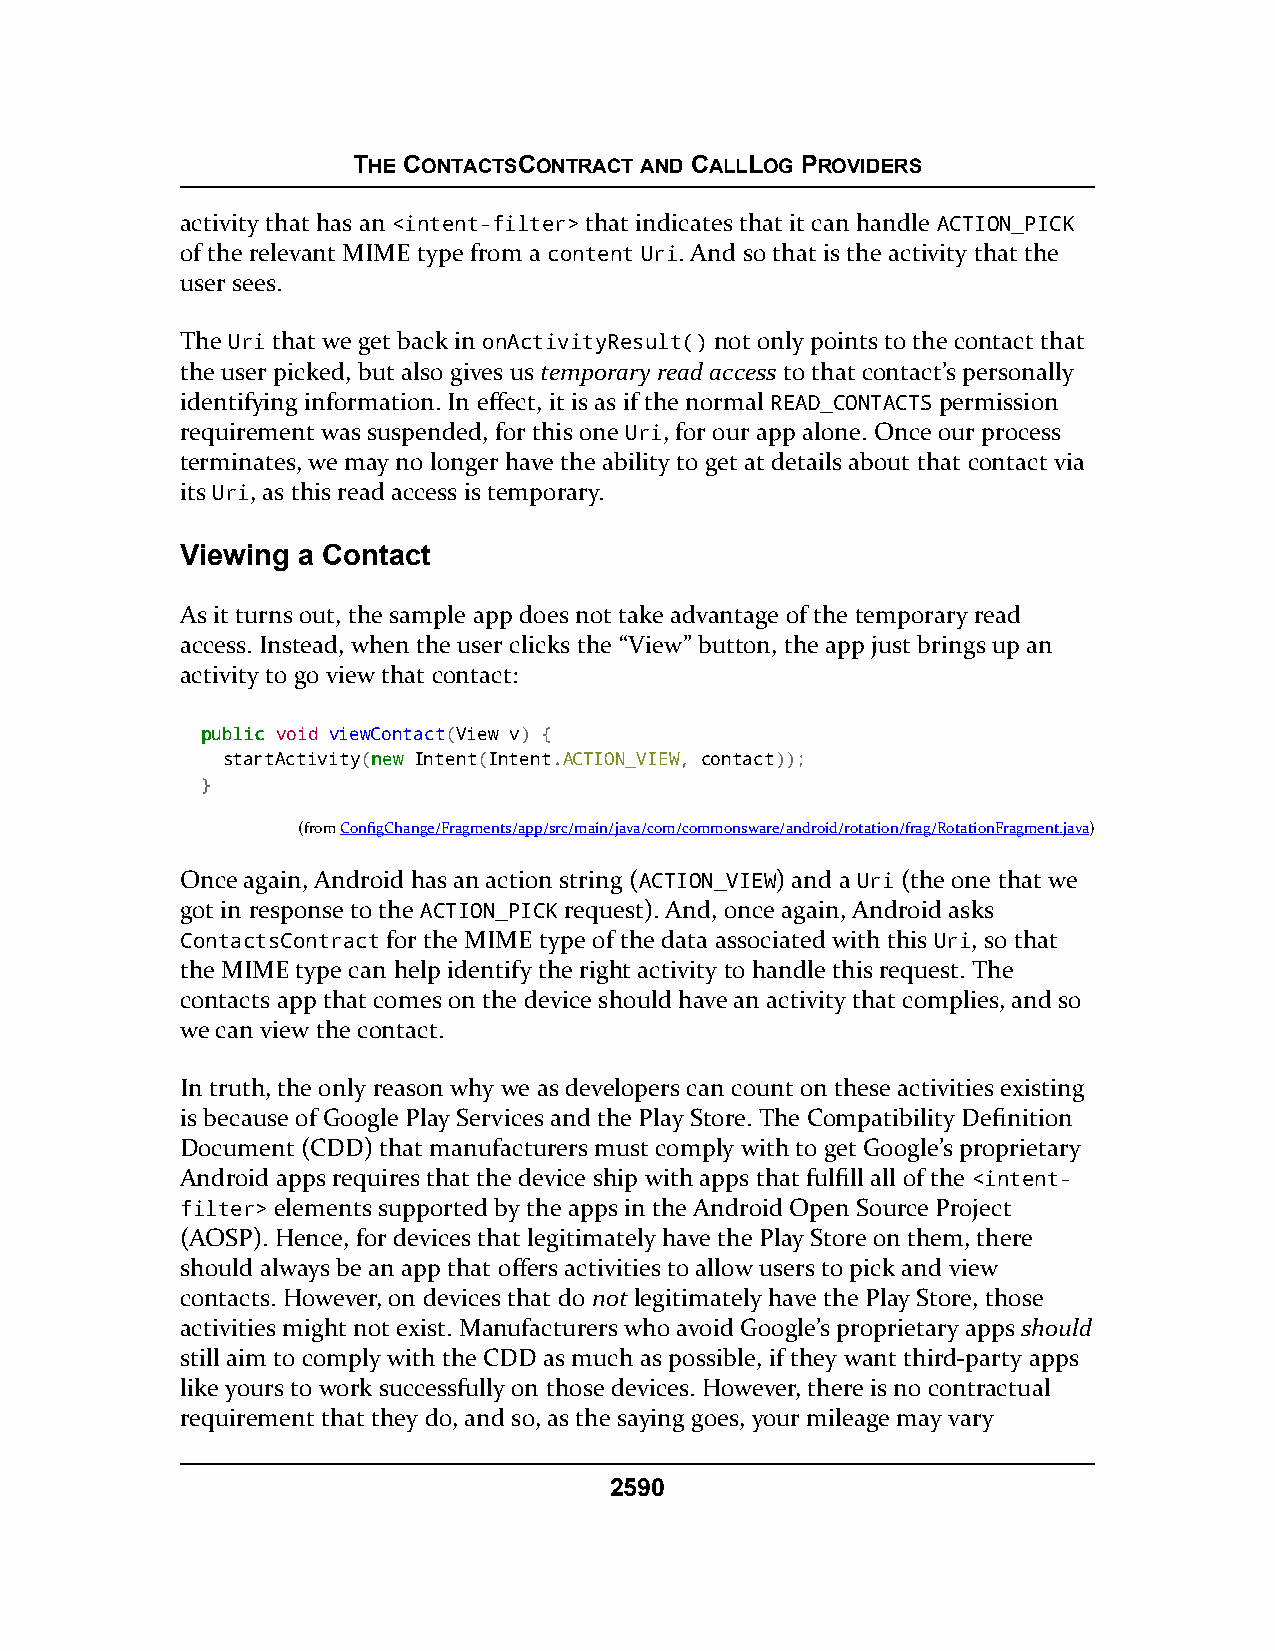
THE CONTACTSCONTRACT AND CALLLOG PROVIDERS
 activity that has an <intent-filter> that indicates that it can handle ACTION_PICK
 of the relevant MIME type from a content Uri. And so that is the activity that the
 user sees.
 The Uri that we get back in onActivityResult() not only points to the contact that
 the user picked, but also gives us temporary read access to that contact’s personally
 identifying information. In effect, it is as if the normal READ_CONTACTS permission
 requirement was suspended, for this one Uri, for our app alone. Once our process
 terminates, we may no longer have the ability to get at details about that contact via
 its Uri, as this read access is temporary.
 Viewing a Contact
 As it turns out, the sample app does not take advantage of the temporary read
 access. Instead, when the user clicks the “View” button, the app just brings up an
 activity to go view that contact:
 ppuubblliicc void viewContact(View v) {
 startActivity(nneeww Intent(Intent.ACTION_VIEW, contact));
 }
 (fromConfigChange/Fragments/app/src/main/java/com/commonsware/android/rotation/frag/RotationFragment.java)
 Once again, Android has an action string (ACTION_VIEW) and a Uri (the one that we
 got in response to the ACTION_PICK request). And, once again, Android asks
 ContactsContract for the MIME type of the data associated with this Uri, so that
 the MIME type can help identify the right activity to handle this request. The
 contacts app that comes on the device should have an activity that complies, and so
 we can view the contact.
 In truth, the only reason why we as developers can count on these activities existing
 is because of Google Play Services and the Play Store. The Compatibility Definition
 Document (CDD) that manufacturers must comply with to get Google’s proprietary
 Android apps requires that the device ship with apps that fulfill all of the <intent-
 filter> elements supported by the apps in the Android Open Source Project
 (AOSP). Hence, for devices that legitimately have the Play Store on them, there
 should always be an app that offers activities to allow users to pick and view
 contacts. However, on devices that do not legitimately have the Play Store, those
 activities might not exist. Manufacturers who avoid Google’s proprietary apps should
 still aim to comply with the CDD as much as possible, if they want third-party apps
 like yours to work successfully on those devices. However, there is no contractual
 requirement that they do, and so, as the saying goes, your mileage may vary
 2590